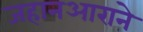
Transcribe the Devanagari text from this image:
जहानआराने